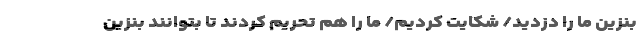
بنزین ما را دزدید/ شکایت کردیم/ ما را هم تحریم کردند تا بتوانند بنزین